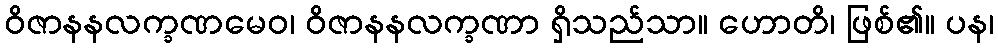
ဝိဇာနနလက္ခဏမေဝ၊ ဝိဇာနနလက္ခဏာ ရှိသည်သာ။ ဟောတိ၊ ဖြစ်၏။ ပန၊